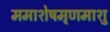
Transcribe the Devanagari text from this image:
ममाशेषमृणमाशु